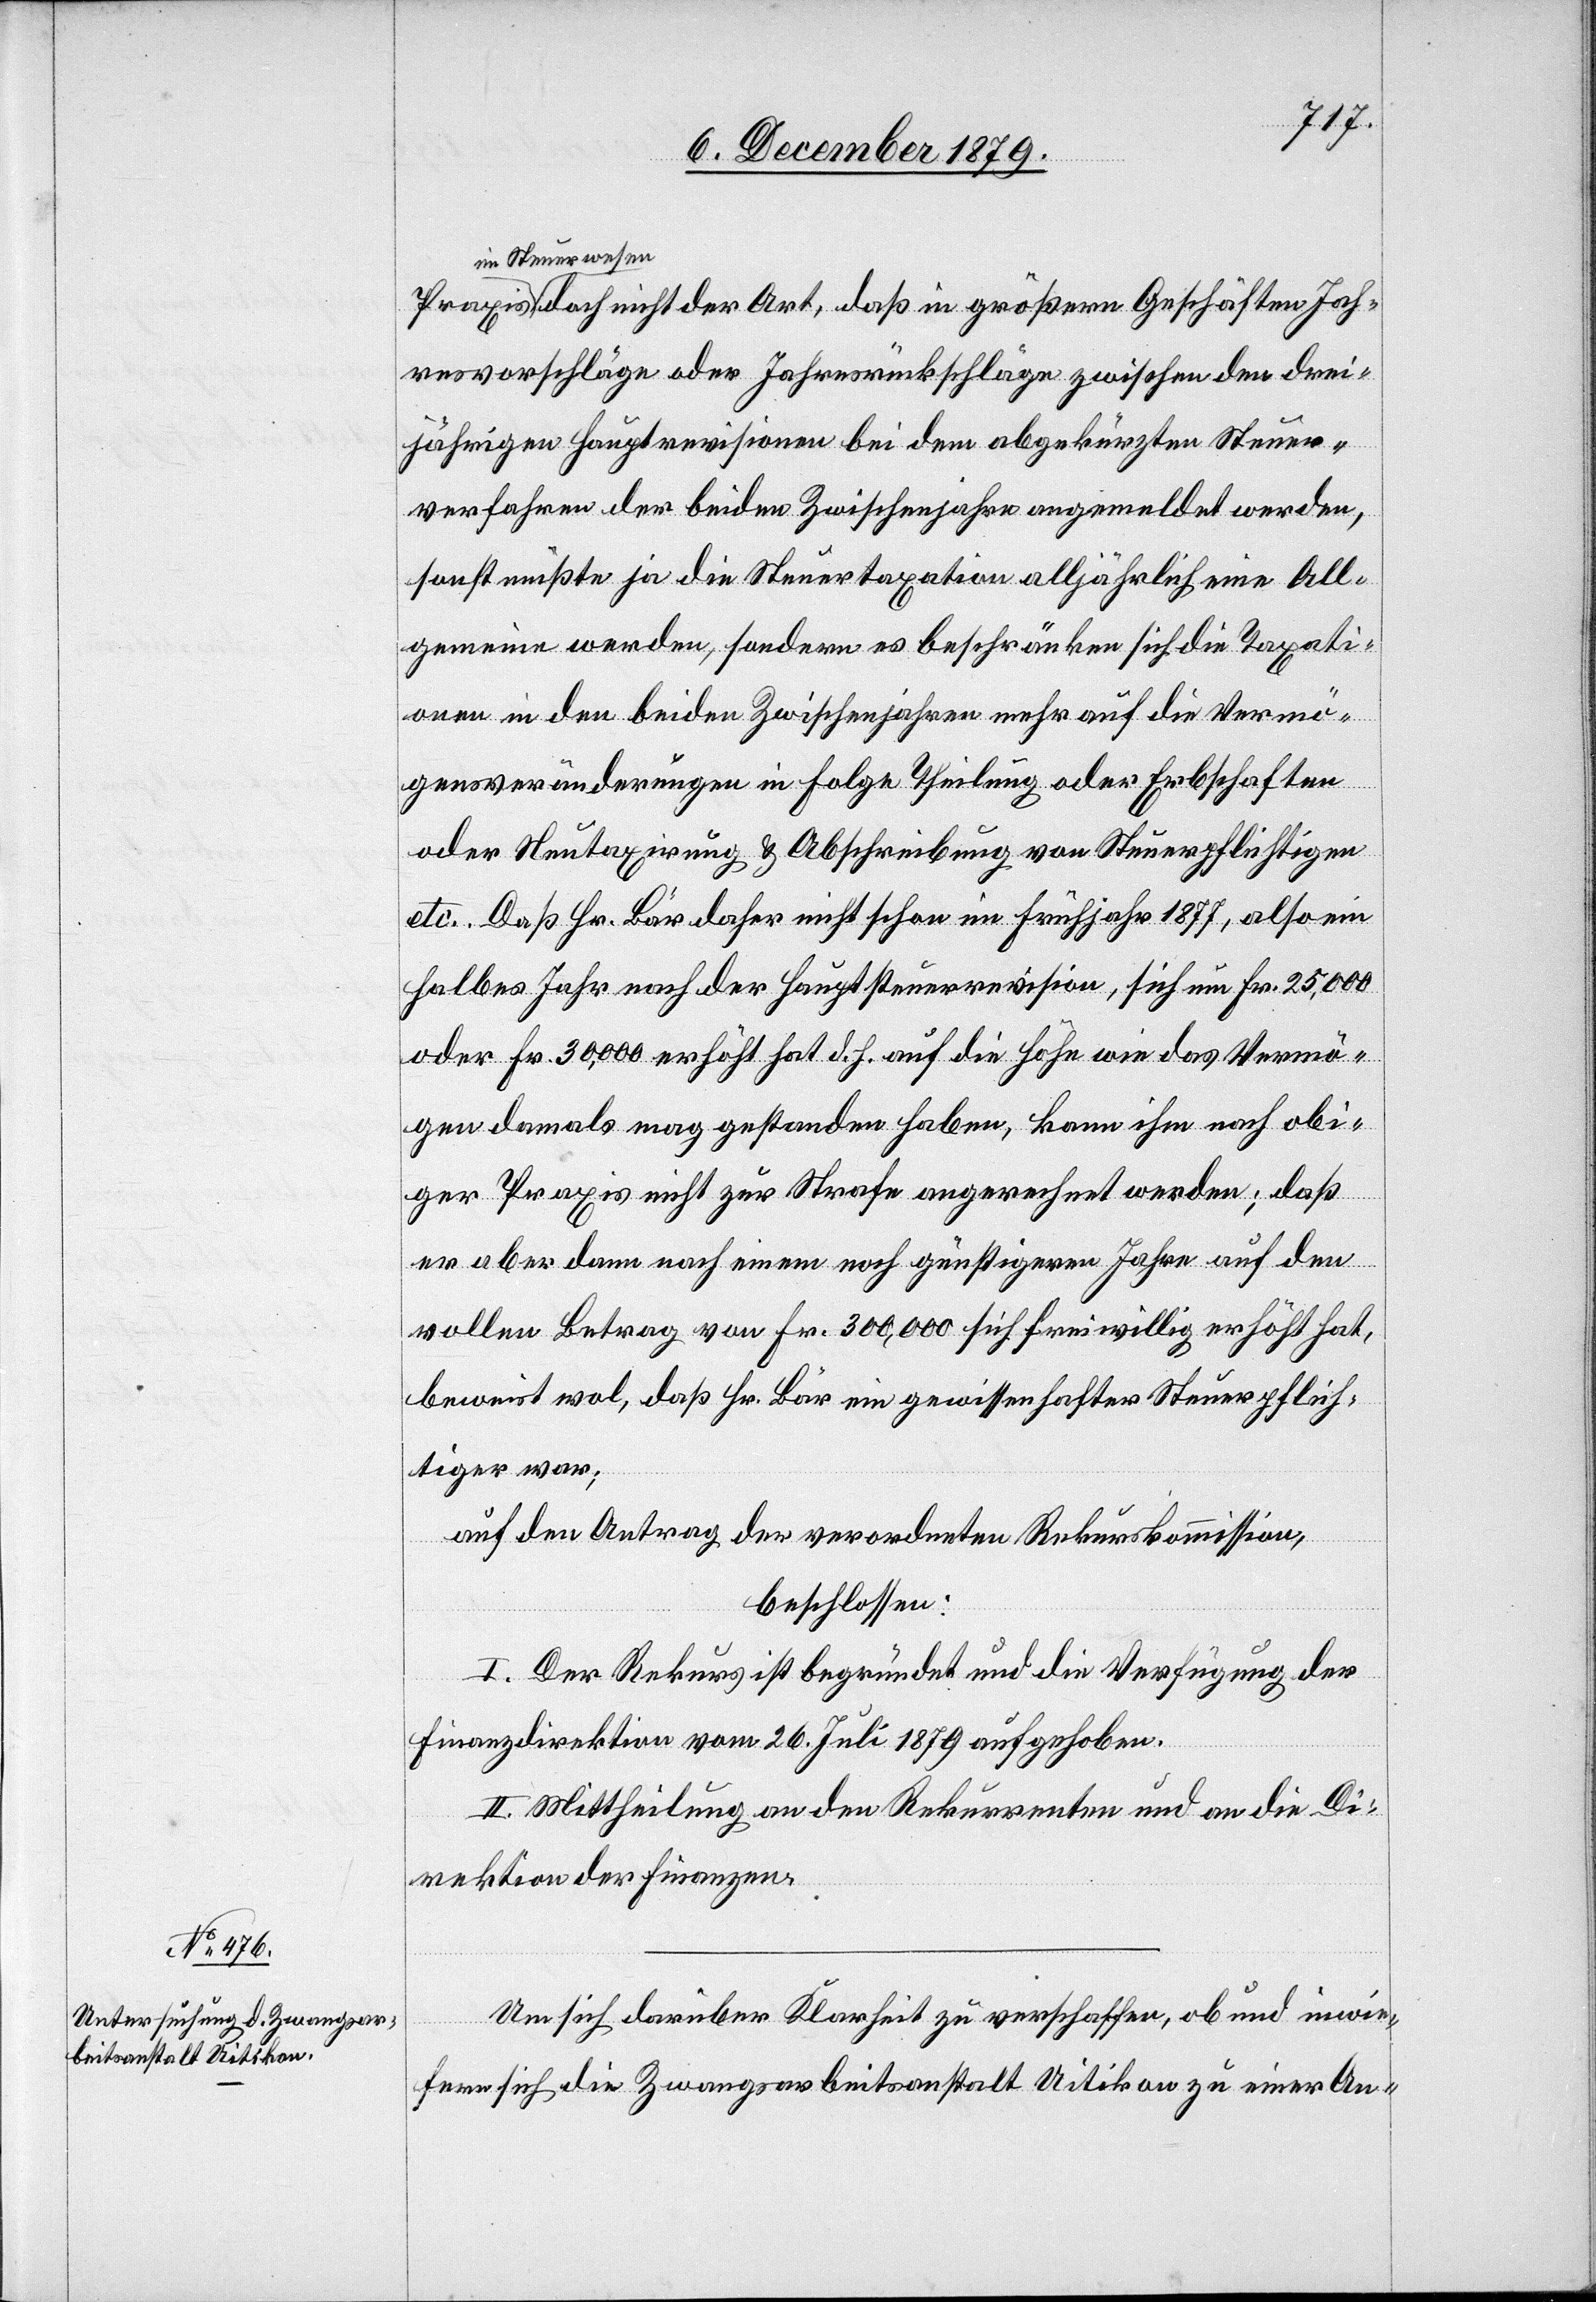
Jah¬
im Steuerwesen
resvorschläge oder Jahresrückschläge zwischen den drei¬
jährigen Hauptrevisionen bei dem abgekürzten Steuer¬
verfahren der beiden Zwischenjahre angemeldet werden,
sonst müßte ja die Steuertaxation alljährlich eine All¬
gemeine werden, sondern es beschränken sich die Taxati¬
onen in den beiden Zwischenjahren mehr auf die Vermö¬
gensveränderungen in Folge Theilung oder Erbschaften
oder Neutaxirungen & Abschreibung von Steuerpflichtigen
etc. Daß Hr. Bär daher nicht schon im Frühjahr 1877, also ein
halbes Jahr nach der Hauptsteuerrevision, sich um Fr. 25,00
oder Fr. 30,000 erhöht hat d. h. auf die Höhe wie das Vermö¬
gen damals mag gestanden haben, kann ihm nach obi¬
ger Praxis nicht zur Strafe angerechnet werden; daß
er aber dann nach einem noch günstigeren Jahre auf den
vollen Betrag von Fr. 300,000 sich freiwillig erhöht hat,
beweist wol, daß Hr. Bär ein gewissenhafter Steuerpflich¬
tiger war;
auf den Antrag der verordneten Rekurskommission,
beschlossen:
I. Der Rekurs ist begründet und die Verfügung der
Finanzdirektion vom 26. Juli 1879 aufgehoben.
II. Mittheilung an den Rekurrenten und an die Di¬
rektion der Finanzen.
Um sich darüber Klarheit zu verschaffen, ob und inwie¬
fern sich die Zwangsarbeitsanstalt Uitikon zu einer An-